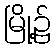
မြို့၌